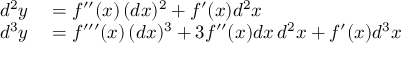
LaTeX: \begin{array} { r l } { d ^ { 2 } y } & { { } = f ^ { \prime \prime } ( x ) \, ( d x ) ^ { 2 } + f ^ { \prime } ( x ) d ^ { 2 } x } \\ { d ^ { 3 } y } & { { } = f ^ { \prime \prime \prime } ( x ) \, ( d x ) ^ { 3 } + 3 f ^ { \prime \prime } ( x ) d x \, d ^ { 2 } x + f ^ { \prime } ( x ) d ^ { 3 } x } \end{array}